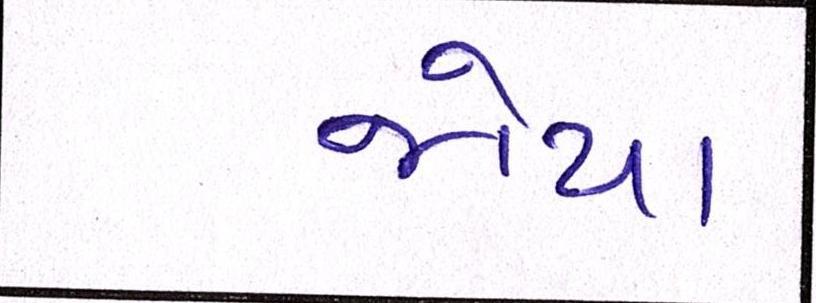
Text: જોયા